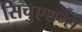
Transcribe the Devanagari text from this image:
सिचुएशन्स